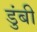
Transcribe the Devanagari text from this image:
डुंबी